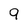
Character: 9